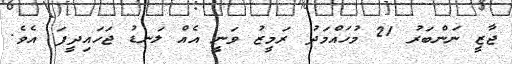
ޖާޒީ ނަންބަރު 21 މުހައްމަދު ރަމީޒު ވަނީ އެއް ލަނޑު ޖަހައިދީފަ އެވެ.